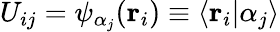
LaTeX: U_{ij}=\psi_{\alpha_{j}}(\mathbf{r}_{i})\equiv\langle\mathbf{r}_{i}|\alpha_{j}\rangle